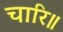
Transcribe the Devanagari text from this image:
चारि॥